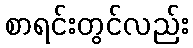
စာရင်းတွင်လည်း